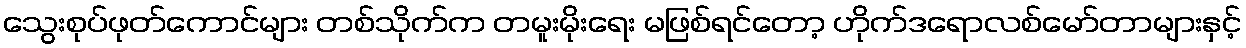
သွေးစုပ်ဖုတ်ကောင်များ တစ်သိုက်က တမူးမိုးရေး မဖြစ်ရင်တော့ ဟိုက်ဒရောလစ်မော်တာများနှင့်